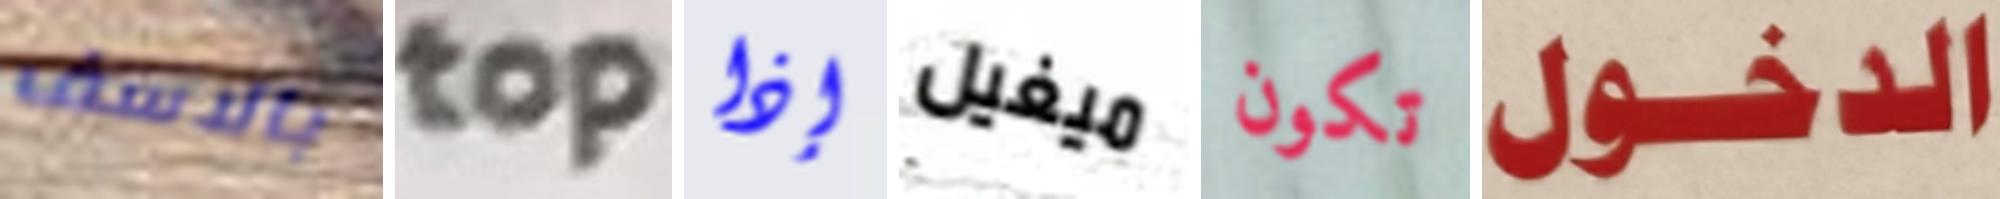
بالاسف top إذا ميغيل تكون الدخول